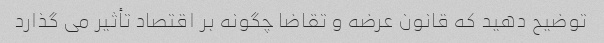
توضیح دهید که قانون عرضه و تقاضا چگونه بر اقتصاد تأثیر می گذارد